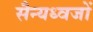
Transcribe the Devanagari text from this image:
सैन्यध्वजों